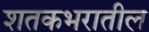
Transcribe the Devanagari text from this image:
शतकभरातील